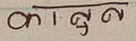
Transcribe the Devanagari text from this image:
काबुन